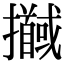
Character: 𢹖